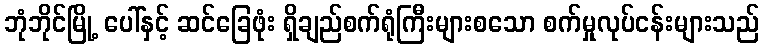
ဘုံဘိုင်မြို့ ပေါ်နှင့် ဆင်ခြေဖုံး ရှိချည်စက်ရုံကြီးများစသော စက်မှုလုပ်ငန်းများသည်